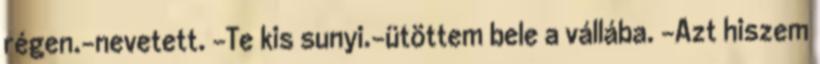
régen.-nevetett. -Te kis sunyi.-ütöttem bele a vállába. -Azt hiszem